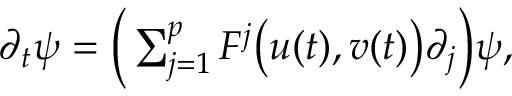
\begin{array} { r } { \partial _ { t } \psi = \Big ( \sum _ { j = 1 } ^ { p } F ^ { j } \big ( \boldsymbol { u } ( t ) , \boldsymbol { v } ( t ) \big ) \partial _ { j } \Big ) \psi , } \end{array}